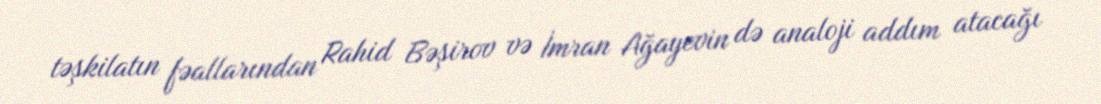
təşkilatın fəallarından Rahid Bəşirov və İmran Ağayevin də analoji addım atacağı